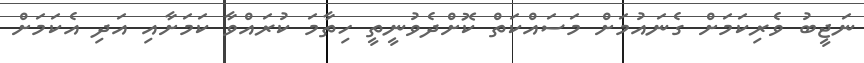
ނަޖީބު ވެރިކަމަށް ގެނައުމަށް މަސައްކަތް ކޮށްދެވުނީތީ ހިތާމަ ކުރައްވާ ކަމަށާއި އަދި އެކަމަށް